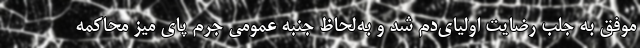
موفق به جلب رضایت اولیای‌دم شد و به‌لحاظ جنبه عمومی جرم پای میز محاکمه